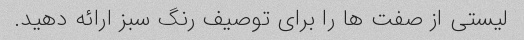
لیستی از صفت ها را برای توصیف رنگ سبز ارائه دهید.